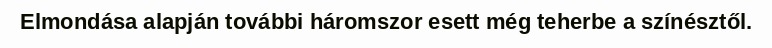
Elmondása alapján további háromszor esett még teherbe a színésztől.